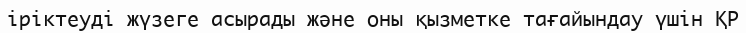
іріктеуді жүзеге асырады және оны қызметке тағайындау үшін ҚР